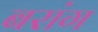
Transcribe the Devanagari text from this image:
बरांग